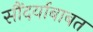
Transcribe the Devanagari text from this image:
सौंदर्याबाबत